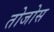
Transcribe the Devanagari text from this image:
तोजोस